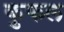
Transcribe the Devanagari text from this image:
कुफल